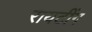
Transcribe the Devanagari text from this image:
रायटींग